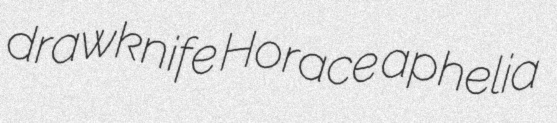
drawknife Horace aphelia